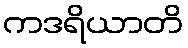
ကဒရိယာတိ